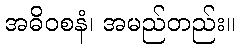
အဓိဝစနံ၊ အမည်တည်း။